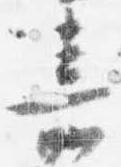
嘉